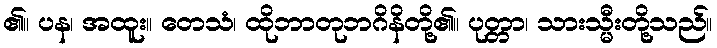
၏။ ပန၊ အထူး။ တေသံ၊ ထိုဘာတုဘဂိနိတို့၏။ ပုတ္တာ၊ သားသ္မီးတို့သည်။